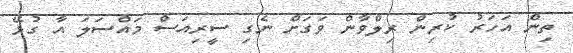
ތިން އަހަރު ކުރިން ރިލްވާން ވަގަށް ނެގި ސީރިއަސް މައްސަލަ އާ ގުޅޭ